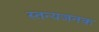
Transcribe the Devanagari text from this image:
स्तन्यजनक